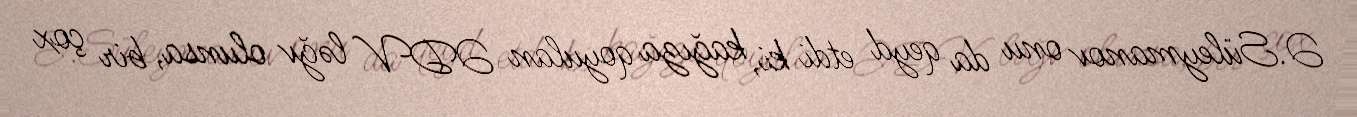
Ə.Süleymanov onu da qeyd etdi ki, kağıza qoyulan ƏDV ləğv olunsa, bir çox